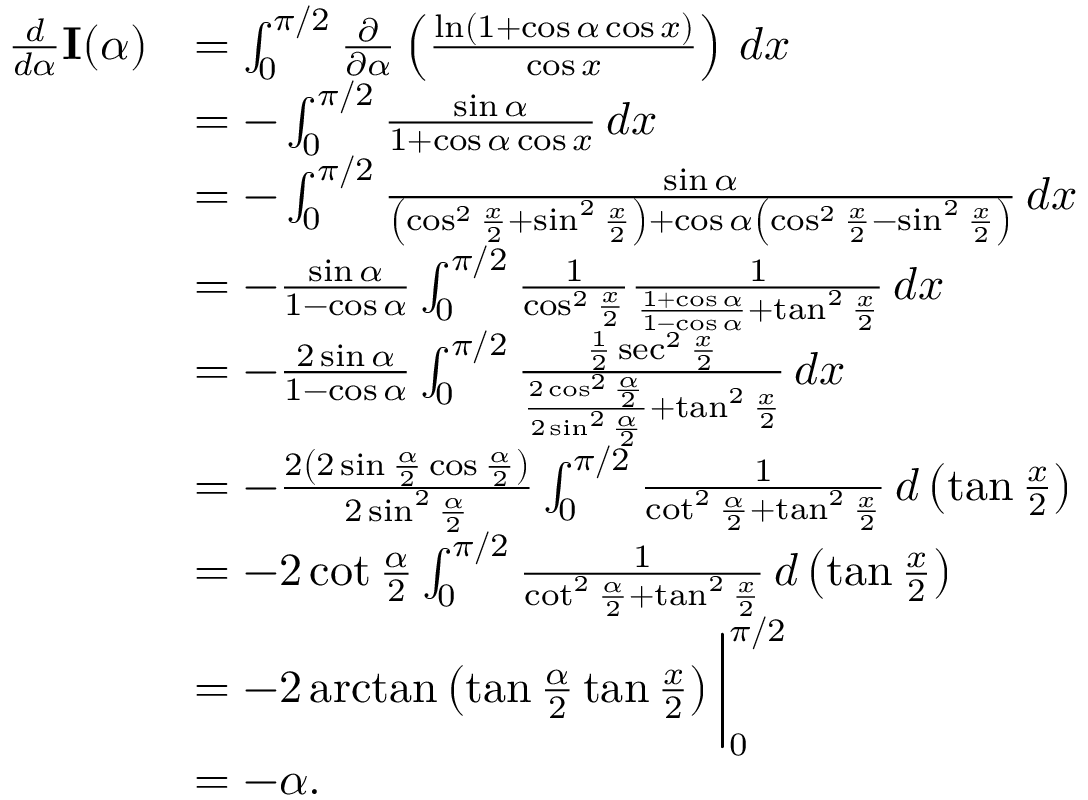
{ \begin{array} { r l } { { \frac { d } { d \alpha } } \mathbf { I } ( \alpha ) } & { = \int _ { 0 } ^ { \pi / 2 } { \frac { \partial } { \partial \alpha } } \left( { \frac { \ln ( 1 + \cos \alpha \cos x ) } { \cos x } } \right) \, d x } \\ & { = - \int _ { 0 } ^ { \pi / 2 } { \frac { \sin \alpha } { 1 + \cos \alpha \cos x } } \, d x } \\ & { = - \int _ { 0 } ^ { \pi / 2 } { \frac { \sin \alpha } { \left( \cos ^ { 2 } { \frac { x } { 2 } } + \sin ^ { 2 } { \frac { x } { 2 } } \right) + \cos \alpha \left( \cos ^ { 2 } { \frac { x } { 2 } } - \sin ^ { 2 } { \frac { x } { 2 } } \right) } } \, d x } \\ & { = - { \frac { \sin \alpha } { 1 - \cos \alpha } } \int _ { 0 } ^ { \pi / 2 } { \frac { 1 } { \cos ^ { 2 } { \frac { x } { 2 } } } } { \frac { 1 } { { \frac { 1 + \cos \alpha } { 1 - \cos \alpha } } + \tan ^ { 2 } { \frac { x } { 2 } } } } \, d x } \\ & { = - { \frac { 2 \sin \alpha } { 1 - \cos \alpha } } \int _ { 0 } ^ { \pi / 2 } { \frac { { \frac { 1 } { 2 } } \sec ^ { 2 } { \frac { x } { 2 } } } { { \frac { 2 \cos ^ { 2 } { \frac { \alpha } { 2 } } } { 2 \sin ^ { 2 } { \frac { \alpha } { 2 } } } } + \tan ^ { 2 } { \frac { x } { 2 } } } } \, d x } \\ & { = - { \frac { 2 \left( 2 \sin { \frac { \alpha } { 2 } } \cos { \frac { \alpha } { 2 } } \right) } { 2 \sin ^ { 2 } { \frac { \alpha } { 2 } } } } \int _ { 0 } ^ { \pi / 2 } { \frac { 1 } { \cot ^ { 2 } { \frac { \alpha } { 2 } } + \tan ^ { 2 } { \frac { x } { 2 } } } } \, d \left( \tan { \frac { x } { 2 } } \right) } \\ & { = - 2 \cot { \frac { \alpha } { 2 } } \int _ { 0 } ^ { \pi / 2 } { \frac { 1 } { \cot ^ { 2 } { \frac { \alpha } { 2 } } + \tan ^ { 2 } { \frac { x } { 2 } } } } \, d \left( \tan { \frac { x } { 2 } } \right) } \\ & { = - 2 \arctan \left( \tan { \frac { \alpha } { 2 } } \tan { \frac { x } { 2 } } \right) { \bigg | } _ { 0 } ^ { \pi / 2 } } \\ & { = - \alpha . } \end{array} }